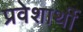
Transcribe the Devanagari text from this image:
प्रवेशार्थी